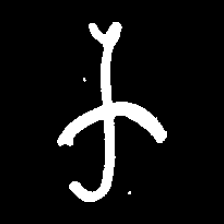
Pyu character \u2014 Myanmar letter: က (romanized: ka)